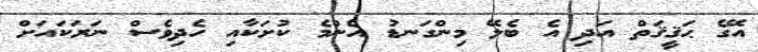
އޭގެ ޙަޤީޤަތް އަދި އެ ބެލޭ މިންގަނޑު އެންމެ ކުށަކާއި ހެދިވެސް ނަރަކައަށް